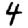
Digit: 4